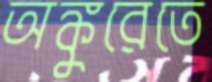
অঙ্কুরেতে